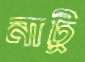
নাটু